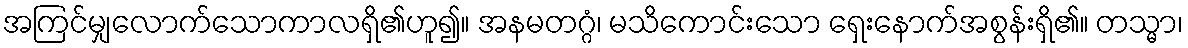
အကြင်မျှလောက်သောကာလရှိ၏ဟူ၍။ အနမတဂ္ဂံ၊ မသိကောင်းသော ရှေးနောက်အစွန်းရှိ၏။ တသ္မာ၊